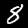
Digit: 8